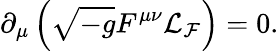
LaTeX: \partial_{\mu}\left(\sqrt{-g}F^{\mu\nu}{\cal L}_{\cal F}\right)=0.